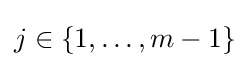
j\in \{1,\ldots ,m-1\}